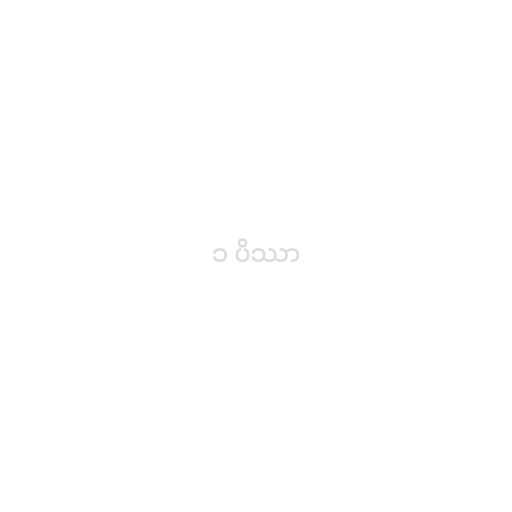
၁ ပိဿာ